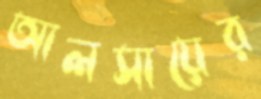
আলসায়ের